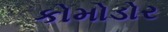
કોમોડોર